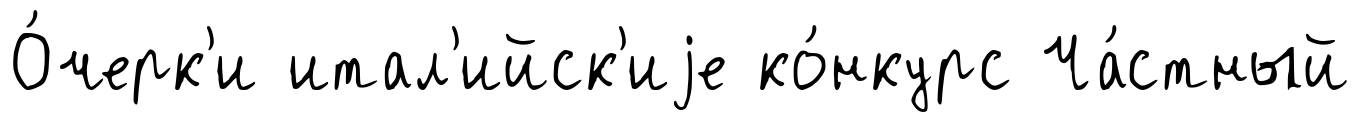
О́черк'и итал'ийск'иjе ко́нкурс Ча́стный